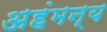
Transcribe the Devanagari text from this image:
अहंमन्य